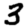
Digit: 3